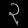
Digit: ၃